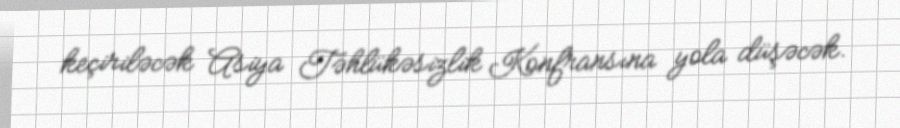
keçiriləcək Asiya Təhlükəsizlik Konfransına yola düşəcək.